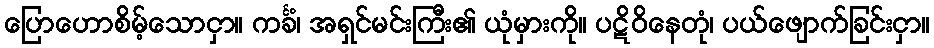
ပြောဟောစိမ့်သောငှာ။ ကင်္ခံ၊ အရှင်မင်းကြီး၏ ယုံမှားကို။ ပဋိဝိနေတုံ၊ ပယ်ဖျောက်ခြင်းငှာ။